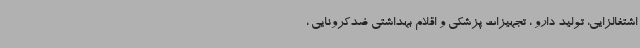
اشتغالزایی، تولید دارو ، تجهیزات پزشکی و اقلام بهداشتی ضدکرونایی ،